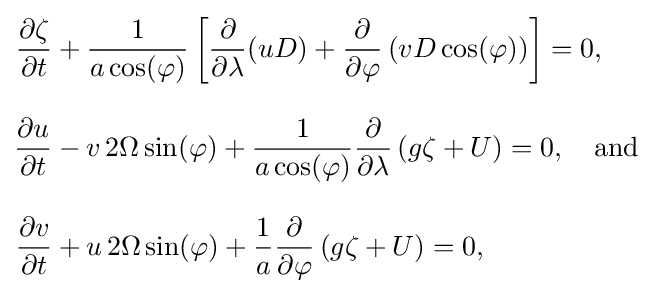
{\begin{aligned}{\frac {\partial \zeta }{\partial t}}&+{\frac {1}{a\cos(\varphi )}}\left[{\frac {\partial }{\partial \lambda }}(uD)+{\frac {\partial }{\partial \varphi }}\left(vD\cos(\varphi )\right)\right]=0,\\[2ex]{\frac {\partial u}{\partial t}}&-v\,2\Omega \sin(\varphi )+{\frac {1}{a\cos(\varphi )}}{\frac {\partial }{\partial \lambda }}\left(g\zeta +U\right)=0,\quad {\text{and}}\\[2ex]{\frac {\partial v}{\partial t}}&+u\,2\Omega \sin(\varphi )+{\frac {1}{a}}{\frac {\partial }{\partial \varphi }}\left(g\zeta +U\right)=0,\end{aligned}}